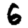
Digit: 6